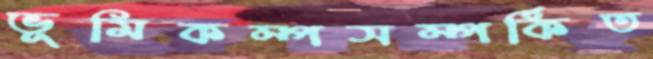
ভূমিকম্পসম্পর্কিত